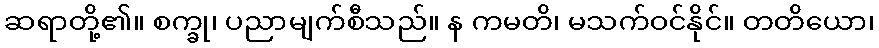
ဆရာတို့၏။ စက္ခု၊ ပညာမျက်စီသည်။ န ကမတိ၊ မသက်ဝင်နိုင်။ တတိယော၊